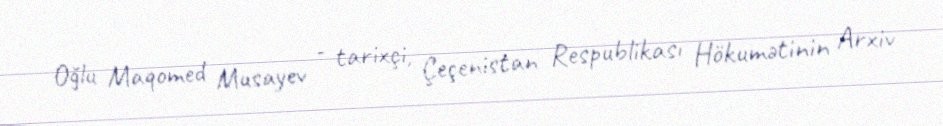
Oğlu Maqomed Musayev - tarixçi, Çeçenistan Respublikası Hökumətinin Arxiv